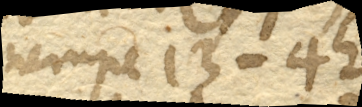
nempe 13’ - 42’’.